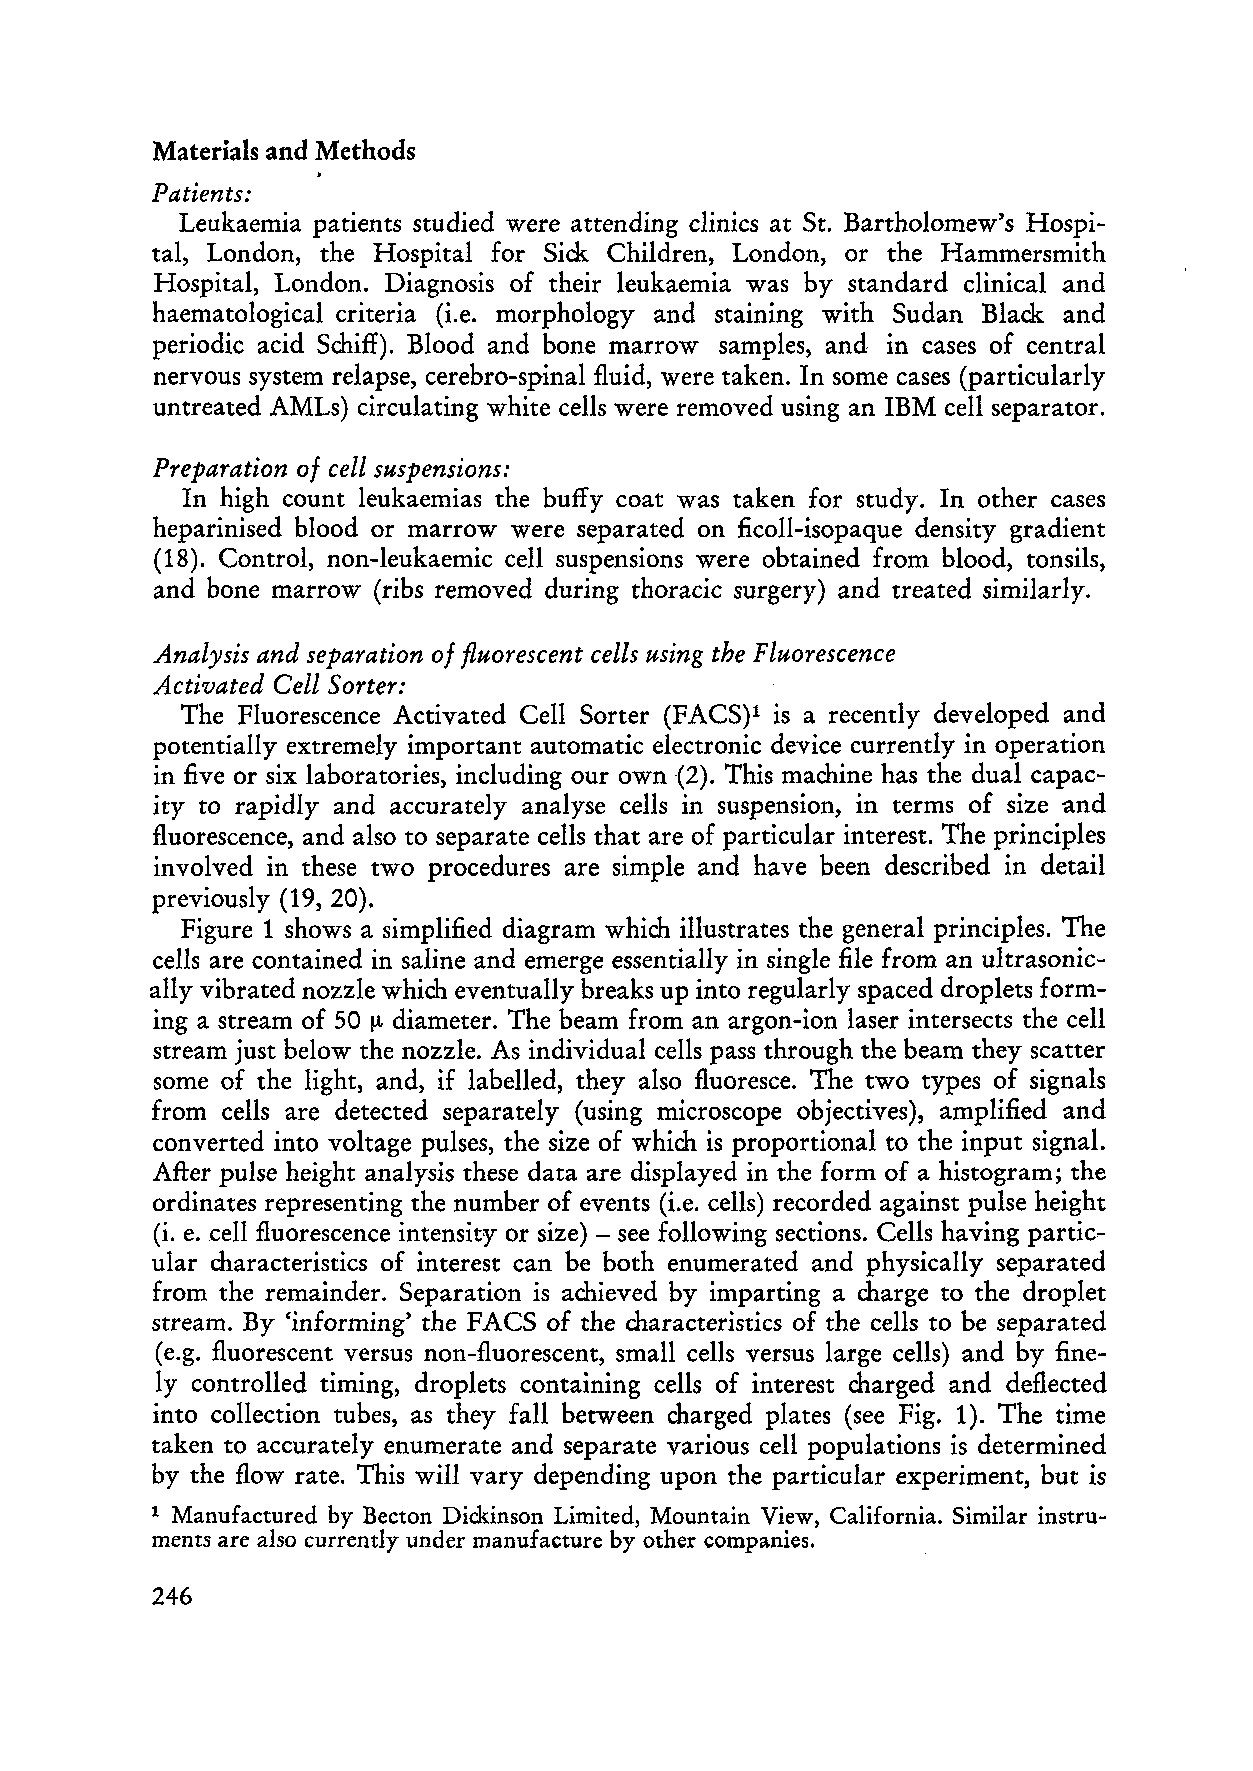
Materials and Methods
 Patients:
 Leukaemia patients studied were attending clinics at St. Bartholomew's Hospi
 tal, London, the Hospital for Siek Children, London, or the Hammersmith
 Hospital, London. Diagnosis of their leukaemia was by standard clinical and
 haematological criteria (i.e. morphology and staining with Sudan Blaek and
 periodic acid Schiff). Blood and bone marrow sampies, and in cases of central
 nervous system relapse, cerebro-spinal fluid, were taken. In some cases (particularly
 untreated AMLs) circulating white cells were removed using an IBM cell separator.
 0/
 Preparation cell suspensions:
 In high count leukaemias the buffy coat was taken for study. In other cases
 heparinised blood or marrow were separated on ficoIl-isopaque density gradient
 (18). Control, non-Ieukaemic cell suspensions were obtained from blood, tonsils,
 and bone marrow (ribs removed during thoraeie surgery) and treated similarly.
 Analysis and separation of fluorescent cells using the Fluorescence
 Activated Cell Sorter:
 The Fluorescence Activated Cell Sorter (FACS)l is a recently developed and
 potentially extremely important automatie electronic device currently in operation
 in five or six laboratories, including our own (2). This machine has the dual capac
 ity to rapidly and accurately analyse cells in suspension, in terms of size and
 fluorescence, and also to separate cells that are of particular interest. The principles
 involved in these two procedures are simple and have been described in detail
 previously (19, 20).
 Figure 1 shows a simplified diagram whi ch illustrates the general principles. The
 cells are contained in saline and emerge essentially in single file from an ultrasonic
 ally vibrated nozzle which eventually breaks up into regularly spaced drop lets form
 ing a stream of 50 !.t diameter. The beam from an argon-ion laser intersects the cell
 stream just below the nozzle. As individual cells pass through the beam they scatter
 some of the light, and, if labeIled, they also fluoresce. The two types of signals
 from cells are detected separately (using microscope objectives), amplified and
 converted into voltage pulses, the size of which is proportional to the input signal.
 After pulse height analysis these data are displayed in the form of a histogram; the
 ordinates representing the number of events (i.e. ceIls) recorded against pulse height
 (i. e.cell fluorescence intensity or size) - see following sections. Cells having partic
 ular characteristics of interest can be both enumerated and physically separated
 from the remainder. Separation is achieved by imparting acharge to the droplet
 stream. By 'informing' the F ACS of the characteristics of the cells to be separated
 (e.g. fluorescent versus non-fluorescent, small ceIls versus large ceIls) and by fine
 ly controlled timing, droplets containing cells of interest charged and deflected
 into collection tubes, as they fall between charged plates (see Fig. 1). The time
 taken to accurately enumerate and separate various cell populations is determined
 by the flow rate. This will vary depending upon the particular experiment, but is
 Manufaetured by Beeton Dickinson Limited, Mountain View, California. Similar instru
 1
 ments are also currently under manufacture by other companies.
 246